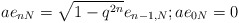
\begin{align*}a e_{nN}=\sqrt{1-q^{2n}}e_{n-1,N} ; a e_{0N}=0\end{align*}